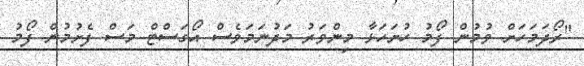
"ރޯދަމަހަށް ވުމުން ފޯމު ހުށަަހަޅާ މިންވަރު މަދުނަމަވެސް އޯގަސްޓް މަސް ފެށުމުން ފޯމު